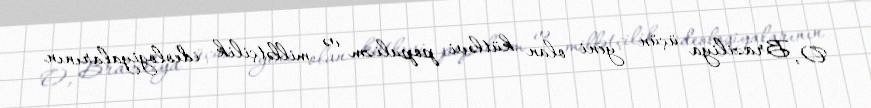
O, Braziliya üçün yeni olan kütləvi populizm və millətçilik ideologiyalarının